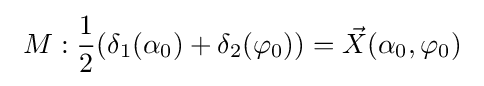
\ M:{\frac {1}{2}}(\delta _{1}(\alpha _{0})+\delta _{2}(\varphi _{0}))={\vec {X}}(\alpha _{0},\varphi _{0})\